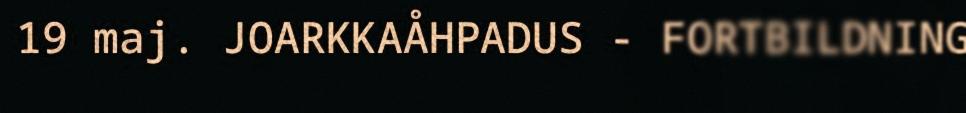
19 maj. JOARKKAÅHPADUS - FORTBILDNING